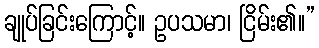
ချုပ်ခြင်းကြောင့်။ ဥပသမာ၊ ငြိမ်း၏။”